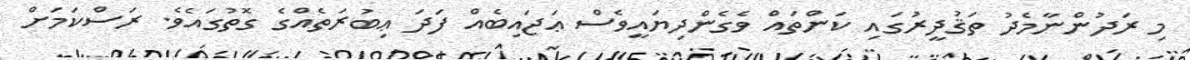
މި ރަދުންނާމެދު ތަޤުދީރުގައި ކަންތައް ވެގެންދިޔައީވެސް ޢަޖައިބެއް ފަދަ ޢިބުރަތެއްގެ ގޮތުގައެވެ. ރަސްކަމަށް